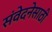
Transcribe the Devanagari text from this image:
संवेदनेसाठी